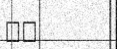
٧٥